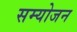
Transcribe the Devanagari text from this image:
सम्योजन